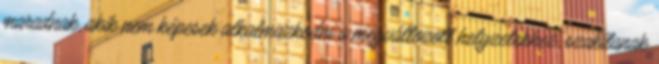
maradnak, akik nem képesek alkalmazkodni a megváltozott helyzetekhez, szakítanak